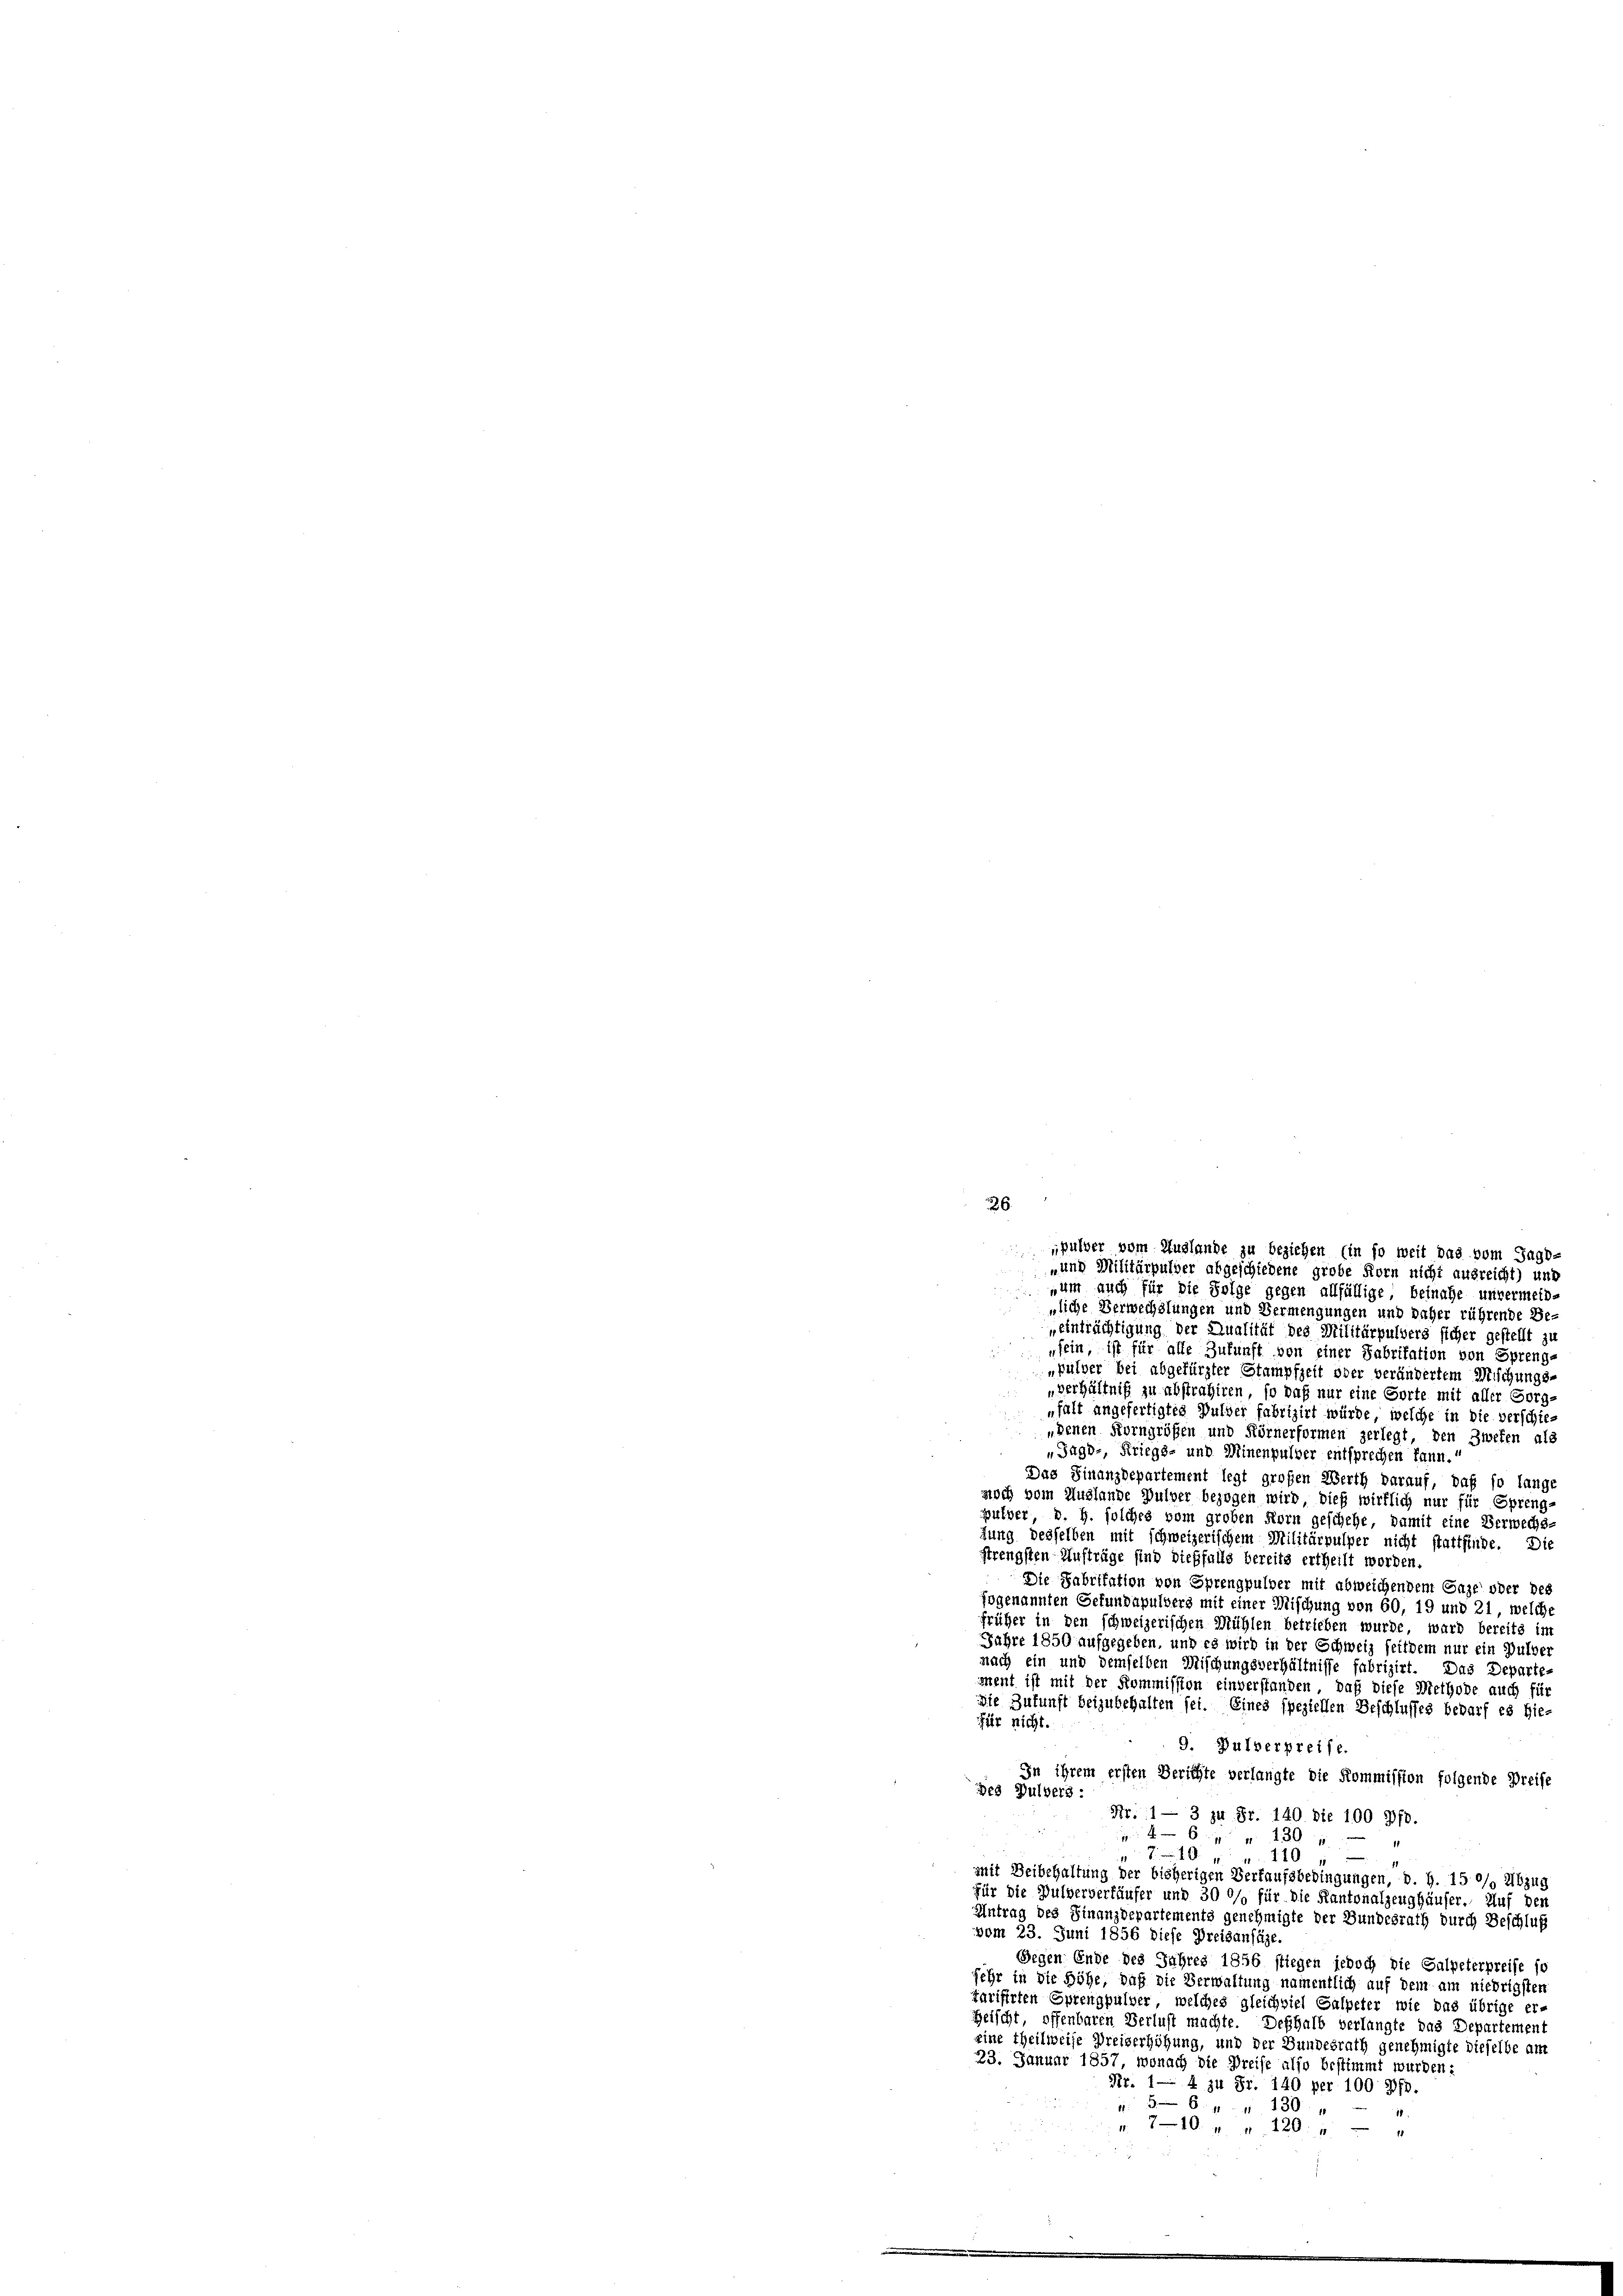
226.
„pulver vom Auslande zu beziehen Ein so weit das vom Jagd-
-und Militärpulver abgeschiedene grobe Korn nicht ausreicht) und

um auch für die Folge gegen allfällige, beinahe unvermein-
liche Verwechslungen und Vermengungen und daher rührende Be-
„einträchtigung der Qualität des Militärpulvers sicher gestellt zu
„sein, ist für alle Zukunft von einer Fabritation von Sprenge
„pulver bei abgefürster Stampfzeit oder verändertem Mischungs-
„Verhältniß zu abstrahiren, so daß nur eine Sorte mit aller Sorg¬
„falt angefertigtes Gulder fabrizirt würde, welche in die verschiendenen Korngrößen und Körnerformen zerlegt, den Zweten als
„Jagd-, Kriegs- und Minenpulver entsprechen kann.
Das Finanzdepartement legt großen Werth darauf, daß so lange
noch vom Huglande Pulver bezogen wird, dieß wirklich nur für Spreng-
pulver, d. h. solches vom großen Korn geschehe, damit eine Verwechs
sung desselben mit schweizerischem Militärpulper nicht stattfinde. Die
strengsten Aufträge sind dießfalls bereits ertheilt worden.
Die Fabrikation von Sprengpulver mit abweichendem Gaze oder des
fogenannten Gefundapulvers mit einer Mischung von 60, 19 und 21, welche
früher in den schweizerischen Mühlen betrieben wurde, ward bereits im
ahre 1850 aufgegeben, und es wird in der Schweiz seitdem nur ein Pulver
nach ein und demselben Mischungsverhältnisse fabrizirt. Das Departement ist mit der Kommission einverstanden, daß diese Methode auch für
ie Zukunft beizubehalten sei. Eines speziellen Beschlusses bedarf es hie-
für nicht.
9. Pulverpreise.
In ihrem ersten Berichte verlangte die Kommission folgende Preise
des Pulvers:
Nr. 1 — 3 zu Fr. 140 die 100 Pfd.
6x 130
710 " " 110
mit Beibehaltung der bisherigen Verkaufsbedingungen, d. h. 15 °/o Abzug
für die Pulververläufer und 30 0/ für die Kantonalzeughäuser. Auf den
Antrag des Finanzdepartements genehmigte der Bundesrath durch Beschluß
vom 23. Juni 1856 diese Preisansäge.
Gegen Ende des Jahres 1856 stiegen jedoch die Salpeterpreise so
sehr in die Höhe, daß die Verwaltung namentlich auf dem am niedrigsten
Tarifirten Sprengpulver, welches gleichviel Salpeter wie das übrige er-
Heischt, offenbaren Verlust machte. Deshalb verlangte das Departement
eine theilweise Preiserhöhung, und der Bundesrath genehmigte dieselbe am
23. Januar 1857, wonach die Preise also bestimmt wurden:
Nr. 1 4 zu Fr. 140 per 100 Pfd.
 56. 7. " 130
. 710 " " 120 " "